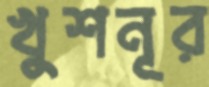
খুশনূর